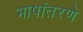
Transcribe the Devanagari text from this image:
भाषांतरणे